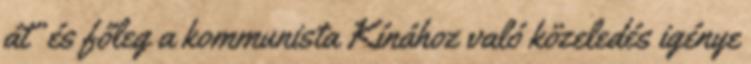
át” és főleg a kommunista Kínához való közeledés igénye